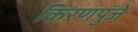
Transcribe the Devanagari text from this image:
किरणपुंजें